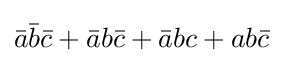
{\bar {a}}{\bar {b}}{\bar {c}}+{\bar {a}}b{\bar {c}}+{\bar {a}}bc+ab{\bar {c}}